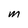
Character: M